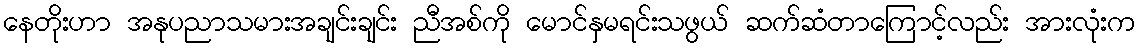
နေတိုးဟာ အနုပညာသမားအချင်းချင်း ညီအစ်ကို မောင်နှမရင်းသဖွယ် ဆက်ဆံတာကြောင့်လည်း အားလုံးက